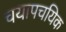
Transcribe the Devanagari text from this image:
चयापचयिक